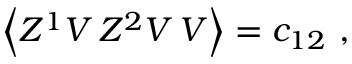
\Big \langle Z ^ { 1 } V \, Z ^ { 2 } V \, V \Big \rangle = c _ { 1 2 } \ ,